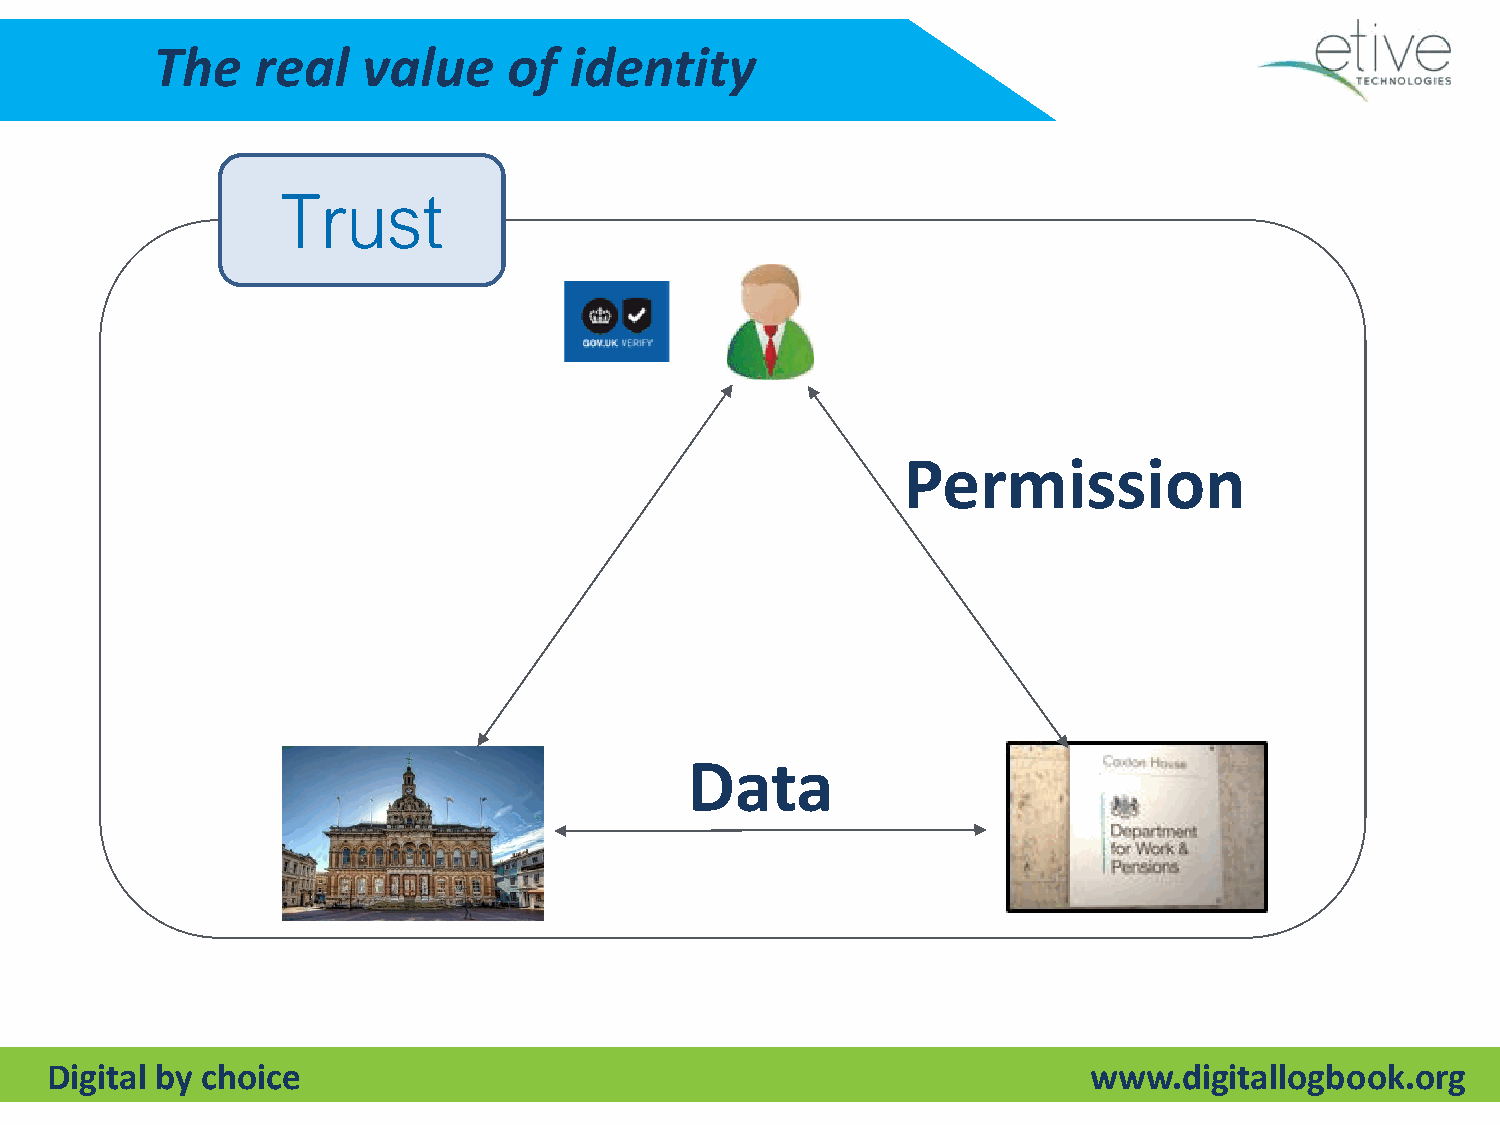
The    real   value     of  identity
 Trust
 Permission
 Data
 Digital by choice                                                    www.digitallogbook.org